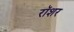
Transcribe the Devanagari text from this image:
रॉशर